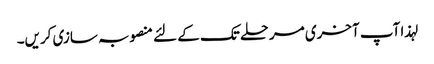
لہذا آپ آخری مرحلے تک کے لئے منصوبہ سازی کریں۔